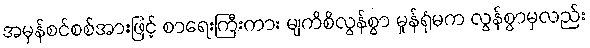
အမှန်စင်စစ်အားဖြင့် စာရေးကြီးကား မျကိစိလွန်စွာ မှုန်ရုံမက လွန်စွာမှလည်း